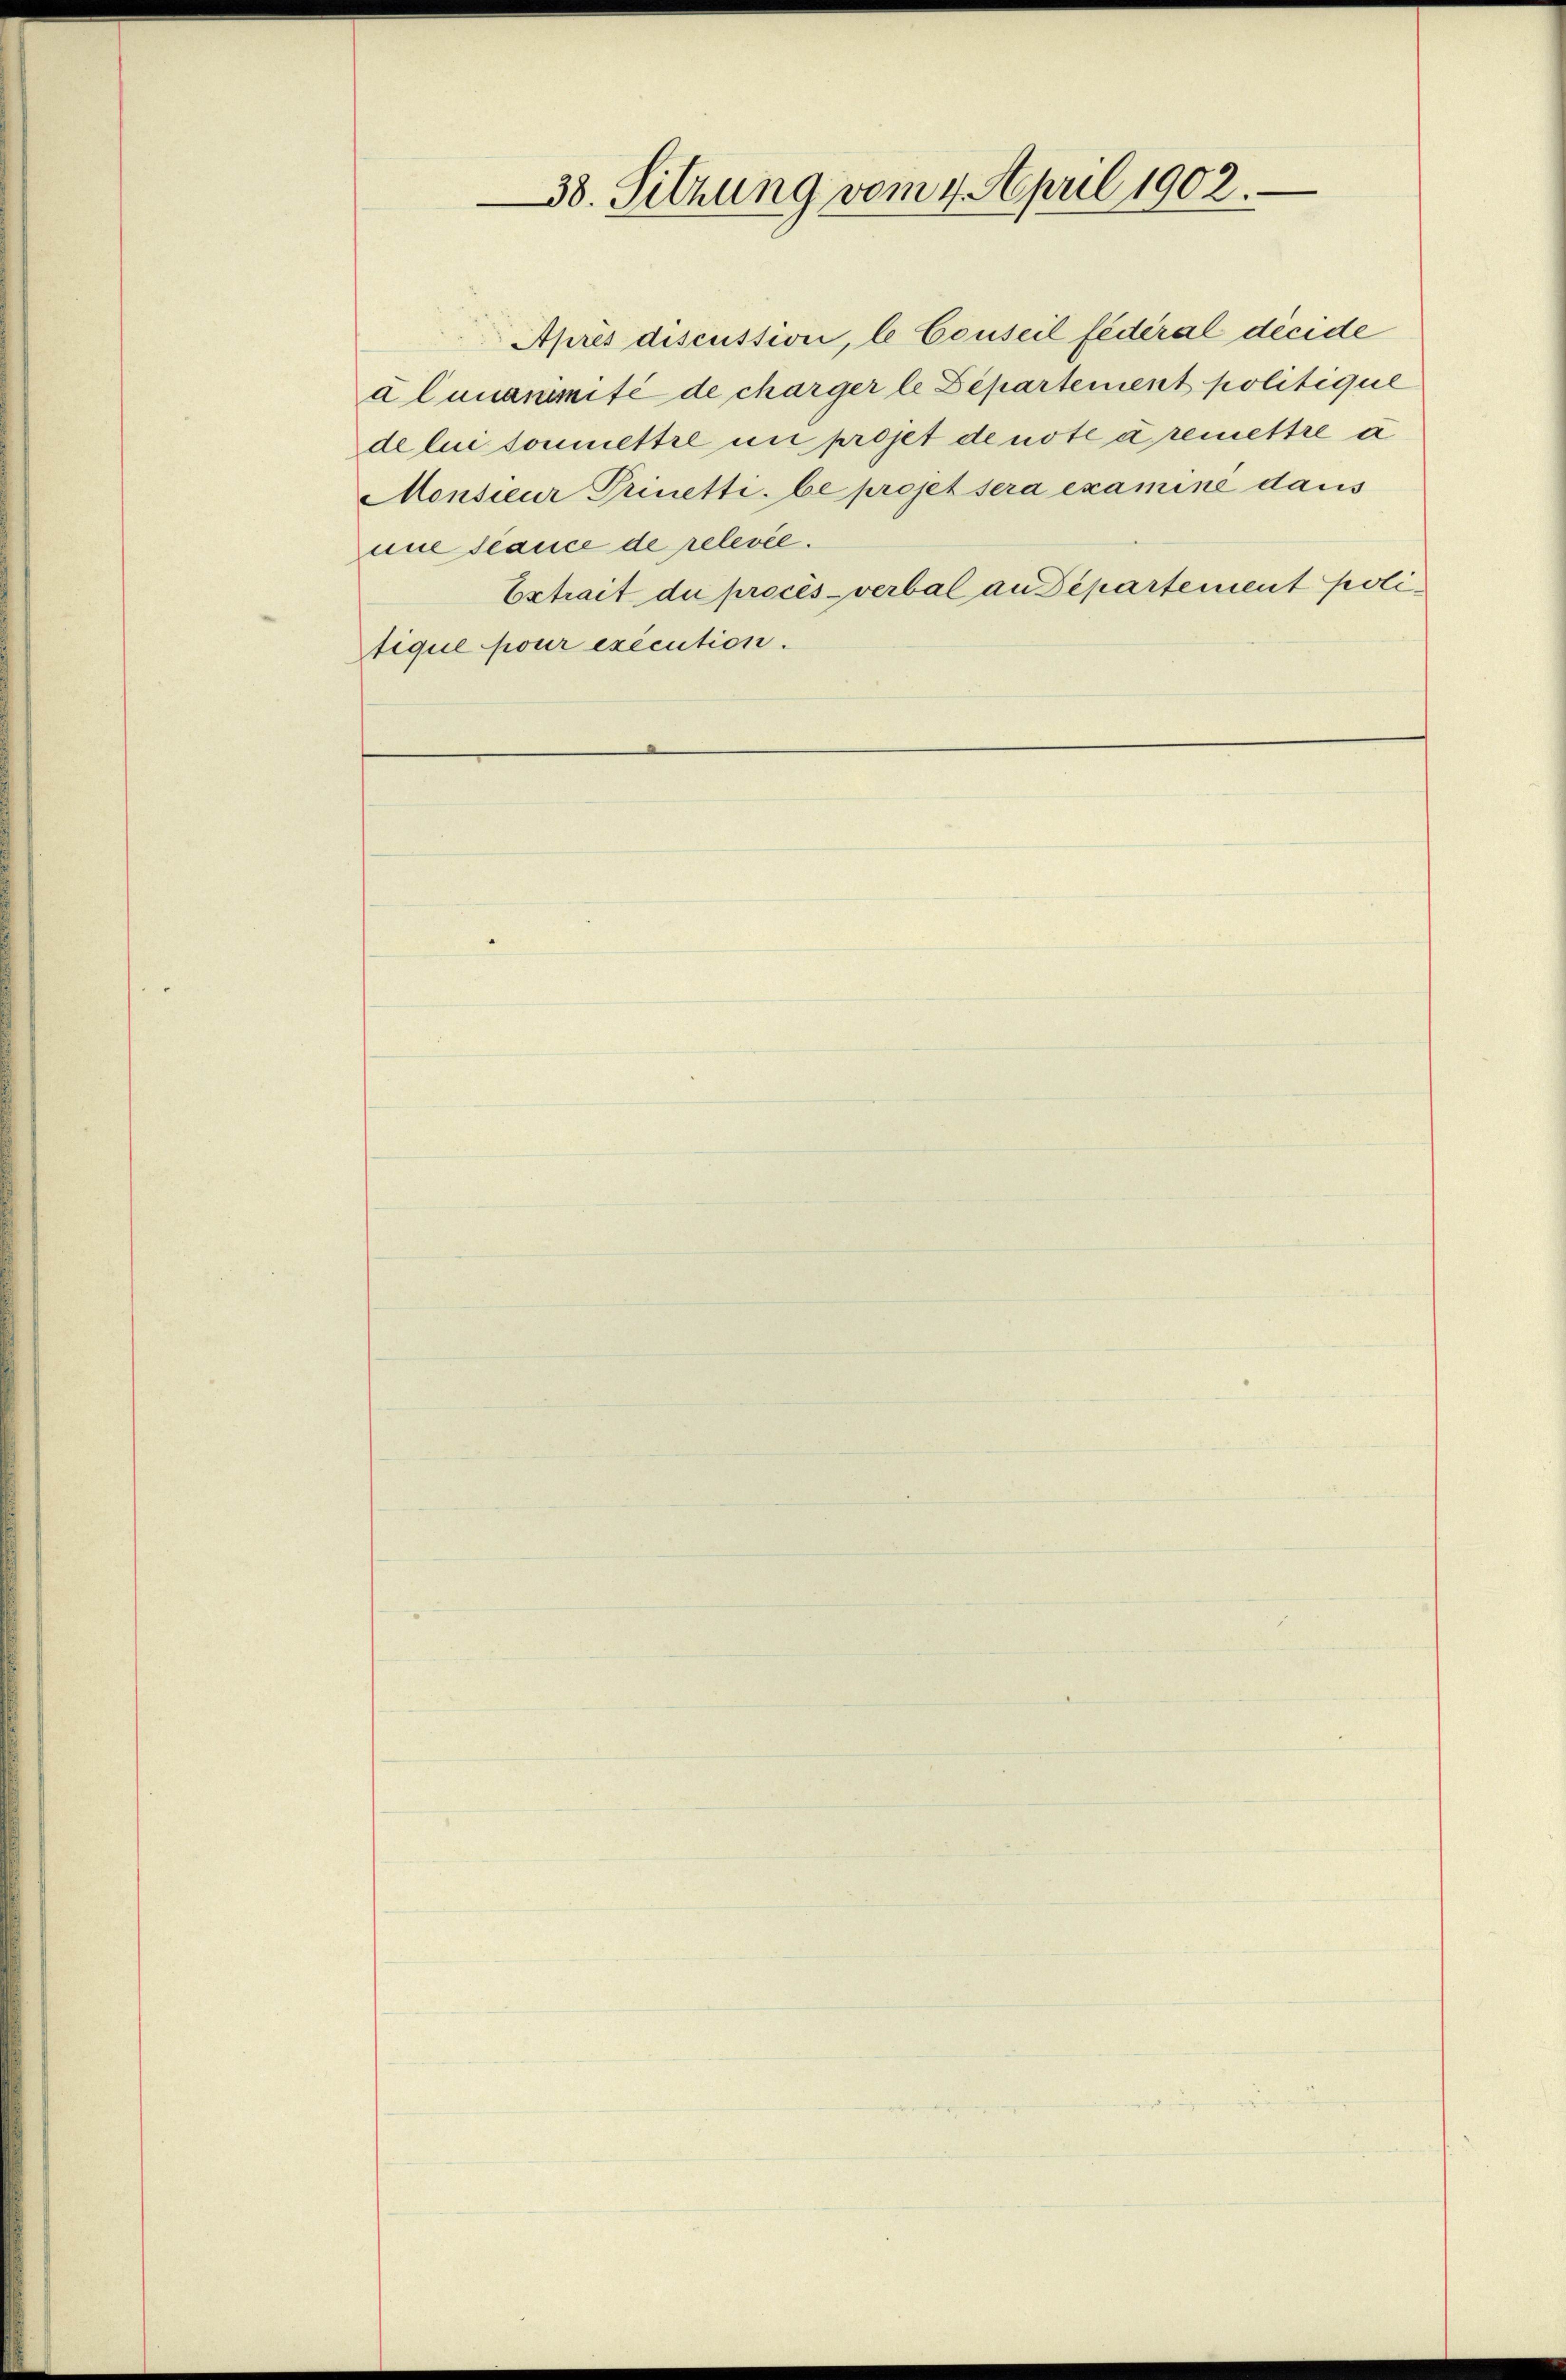
38. Sitzung vom 4. April 1902.

Après discussion, le Conseil fédéral décide
a lunanimité de charger le Departement politique
de lui sommettre in projet de note a remettre a
Monsieur Prinetti, be projet sera examiné dans
une scance de relevée.
Extrait du procès-verbal an Departement politique pour exécution.